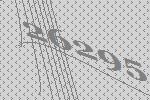
26295